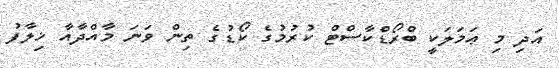
އަދި މި ޢަމަލަކީ ބްރޯޑްކާސްޓް ކުރުމުގެ ކޯޑުގެ ތިން ވަނަ މާއްދާއާ ޚިލާފު